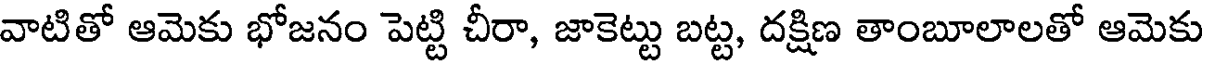
వాటితో ఆమెకు భోజనం పెట్టి చీరా, జాకెట్టు బట్ట, దక్షిణ తాంబూలాలతో ఆమెకు